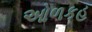
ઓળકહ